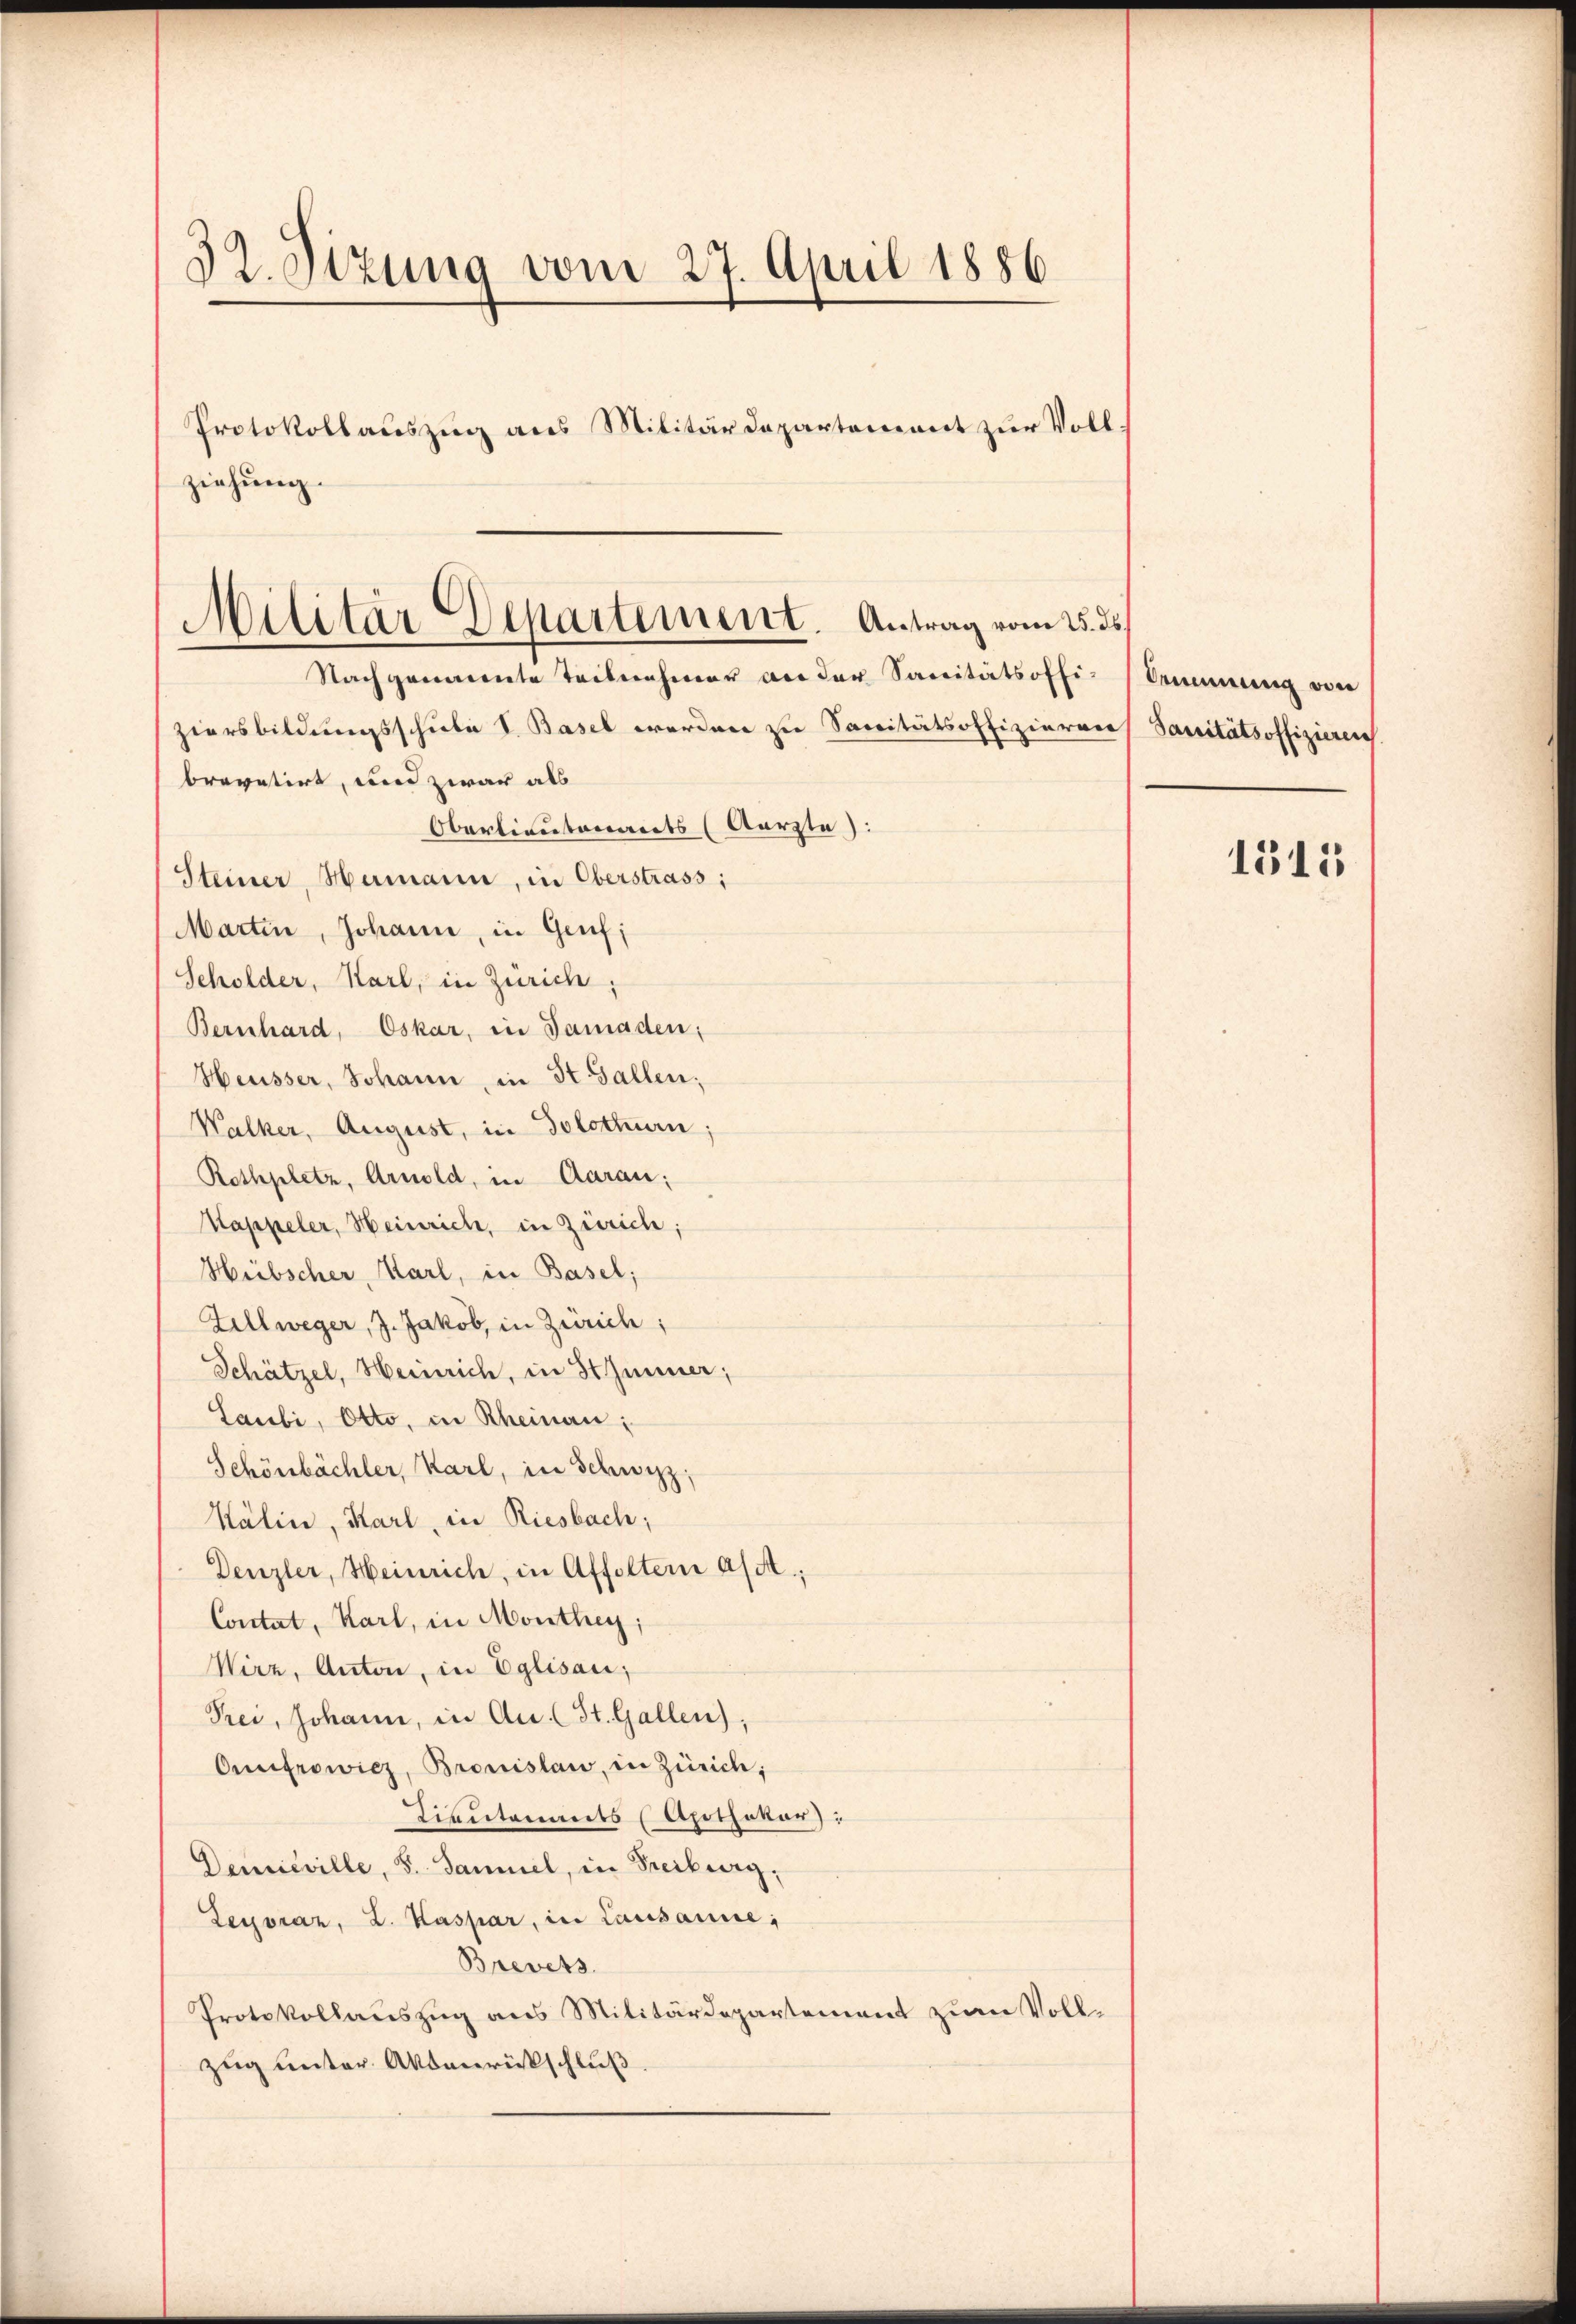
32. Sizung vom 27. April 1886

Protokollauszug aus Militärdepartement zur Voll
ziehung.
Ziersbildungsschiebe V. Basel werden zu Sanitätsoffizierer
brevetirt, und zwar als
Oberlieutenants (Aarzte):
Steiner, Hermann, in Oberstrass:
Martin, Johann, in Genf;
Scholder, Karl, in Zürich;
Bernhard, Oskar, in Samaden;
Heusser, Johann, in St. Gallen.
Walker, August, in Solottern:
Rothplatz, Arnold, in Aarau;
Kappeler, Heinrich, in Zürich;
Heibscher, Karl, in Basel;
Zellweger, J. Jakob, in Zürich;
Schätzel, Heinrich, in Himmer;
Laubi, Otto, in Rheinau:
Schönbächler, Karl, in Schwyz;
Kálin, Karl, in Riesbach;
Denzler, Heinrich, in Affoltern a/A.;
Contal, Karl, in Monthey;
Wirz, Anton, in Eglisau;
Prei, Johann, in Au St. Gallen),
Onifrowicz, Bronislau, in Zürich;
Tientenants (Apothekar:
Demisville, S. Sammel, in Freiburg,
Lecoraz, L. Kaspar, in Lausanne;
Brevets.
Protokollauszug aus Militärdepartement zum Vollzug unter Aktenrückschluß

Militar Departement. Antrag vom 25. ds
Nachgemente Teilnehmer an der Sanitätsoffi

Kemmung von
Sanitätsoffizieren

1515